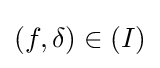
(f,\delta )\in (I)